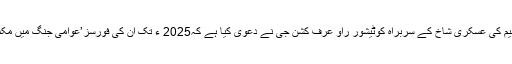
ہندوستان میں ماؤنواز تنظیم کی عسکری شاخ کے سربراہ کوٹیشور راؤ عرف کشن جی نے دعویٰ کیا ہے کہ2025 ء تک ان کی فورسز’عوامی جنگ میں مکمل فتح‘حاصل کر لیں گی۔